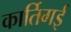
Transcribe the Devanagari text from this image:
कार्तिगई